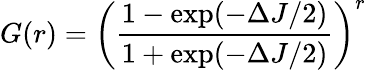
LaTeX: G(r)={\left(\frac{1-\exp(-\Delta J/2)}{1+\exp(-\Delta J/2)}\right)}^{r}